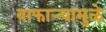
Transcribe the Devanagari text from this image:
वाफाऱ्यामुळे